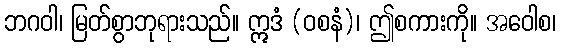
ဘဂဝါ၊ မြတ်စွာဘုရားသည်။ ဣဒံ (ဝစနံ)၊ ဤစကားကို။ အဝေါစ၊